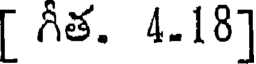
[ గీత. 4.18]